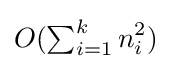
O(\textstyle \sum _{i=1}^{k}\displaystyle n_{i}^{2})